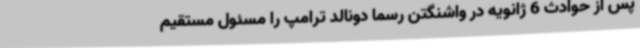
پس از حوادث 6 ژانویه در واشنگتن رسما دونالد ترامپ را مسئول مستقیم